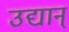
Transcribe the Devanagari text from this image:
उद्यान्